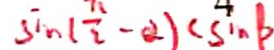
\sin ( \frac { \pi } { 2 } - x ) < \sin b